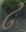
ઢ